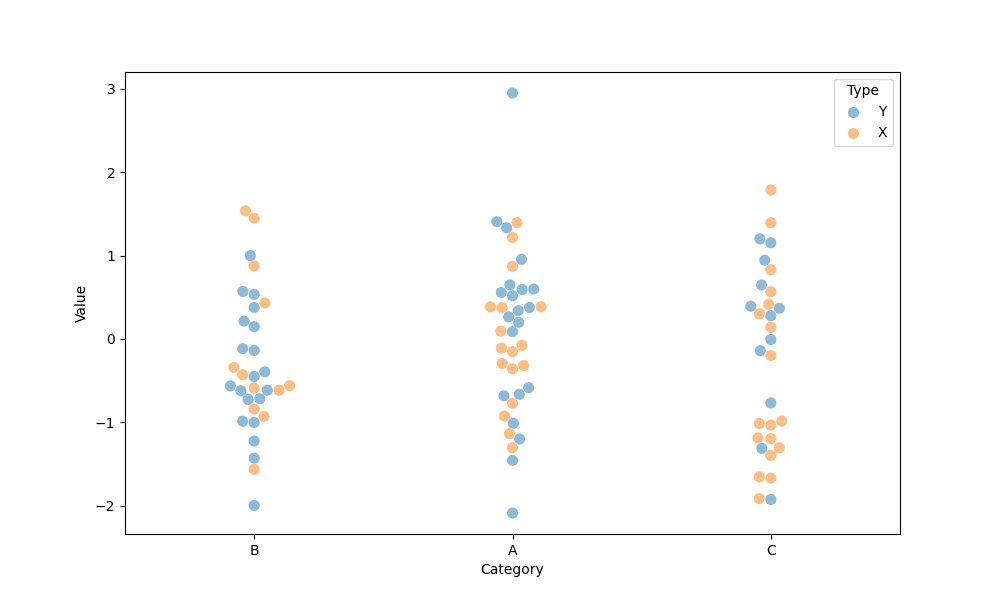
python, seaborn, swarmplot, dodge=False, alpha=0.5, size=8